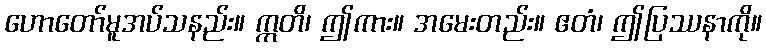
ဟောတော်မူအပ်သနည်း။ ဣတိ၊ ဤကား။ အမေးတည်း။ ဧတံ၊ ဤပြဿနာကို။